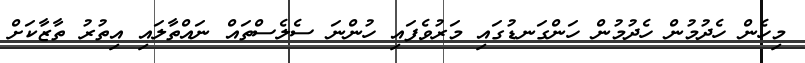
މިހެން ހެދުމުން ހެދުމުން ހަންގަނޑުގައި މަރުވެފައި ހުންނަ ސެލެސްތައް ނައްތާލައި އިތުރު ތާޒާކަށް